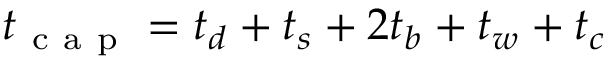
t _ { \mathrm { ~ c ~ a ~ p ~ } } = t _ { d } + t _ { s } + 2 t _ { b } + t _ { w } + t _ { c }